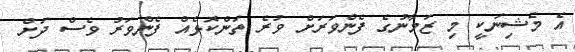
އެ މެޝިނަކީ މި ޒަމާނުގެ ފެންވަރަށް ވުރެ ތަންކޮޅެއް ފެންވަރު ވެސް ދަށް